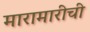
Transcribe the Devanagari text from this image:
मारामारीची